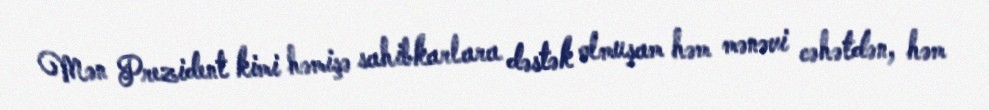
Mən Prezident kimi həmişə sahibkarlara dəstək olmuşam həm mənəvi cəhətdən, həm